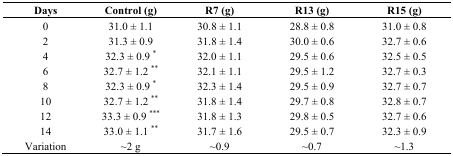
<table><thead><tr><td><b>Days</b></td><td><b>Control (g)</b></td><td><b>R7 (g)</b></td><td><b>R13 (g)</b></td><td><b>R15 (g)</b></td></tr></thead><tbody><tr><td>0</td><td>31.0 ± 1.1</td><td>30.8 ± 1.1</td><td>28.8 ± 0.8</td><td>31.0 ± 0.8</td></tr><tr><td>2</td><td>31.3 ± 0.9</td><td>31.8 ± 1.4</td><td>30.0 ± 0.6</td><td>32.7 ± 0.6</td></tr><tr><td>4</td><td>32.3 ± 0.9 <sup>*</sup></td><td>32.0 ± 1.1</td><td>29.5 ± 0.6</td><td>32.5 ± 0.5</td></tr><tr><td>6</td><td>32.7 ± 1.2 <sup>**</sup></td><td>32.1 ± 1.1</td><td>29.5 ± 1.2</td><td>32.7 ± 0.3</td></tr><tr><td>8</td><td>32.3 ± 0.9 <sup>*</sup></td><td>32.3 ± 1.4</td><td>29.5 ± 0.9</td><td>32.7 ± 0.7</td></tr><tr><td>10</td><td>32.7 ± 1.2 <sup>**</sup></td><td>31.8 ± 1.4</td><td>29.7 ± 0.8</td><td>32.8 ± 0.7</td></tr><tr><td>12</td><td>33.3 ± 0.9 <sup>***</sup></td><td>31.8 ± 1.3</td><td>29.8 ± 0.5</td><td>32.7 ± 0.6</td></tr><tr><td>14</td><td>33.0 ± 1.1 <sup>**</sup></td><td>31.7 ± 1.6</td><td>29.5 ± 0.7</td><td>32.3 ± 0.9</td></tr><tr><td>Variation</td><td>~2 g</td><td>~0.9</td><td>~0.7</td><td>~1.3</td></tr></tbody></table>